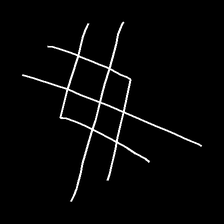
Glyph: crystal